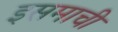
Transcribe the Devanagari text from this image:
इसमाची